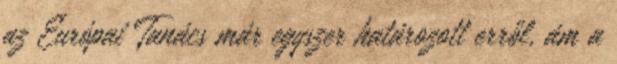
az Európai Tanács már egyszer határozott erről, ám a